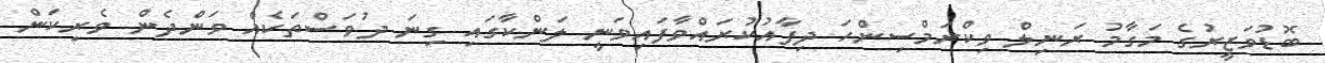
ބޮޑުވަޒީރުގެ މަގާމު ރަނިލް ވިކްރަމްސިންހަ ދިފާއުކުރައްވާފައިވަނީ ލަންކާގައި ގިނަ ދުވަސްތަކެއް ވަންދެން ވެރިކަން